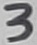
Text: 3